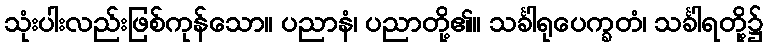
သုံးပါးလည်းဖြစ်ကုန်သော။ ပညာနံ၊ ပညာတို့၏။ သင်္ခါရုပေက္ခတံ၊ သင်္ခါရတို့၌